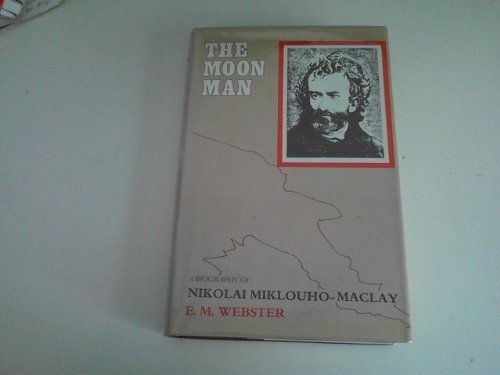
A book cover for The Moon Man: A Biography of Miklouho-Maclay; E. M. Webster; History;